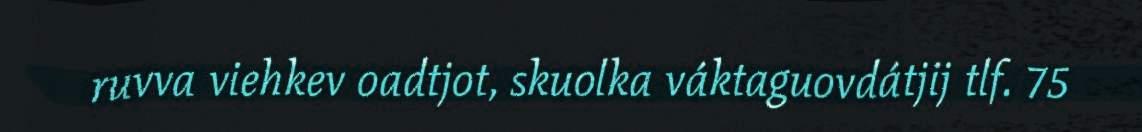
ruvva viehkev oadtjot, skuolka váktaguovdátjij tlf. 75